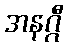
အနဂ္ဂီ